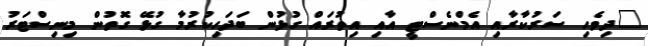
"ދިވެހި ސަރުކާރާއި އެމްނެސްޓީ އާއި އިތުރައް ގުޅުން ބަދަހިކުރުމާ ގުޅޭ ގޮތުން މިނިސްޓަރު